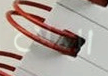
الملاح